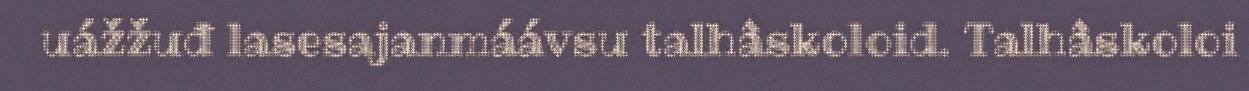
uážžuđ lasesajanmáávsu talhâskoloid. Talhâskoloi